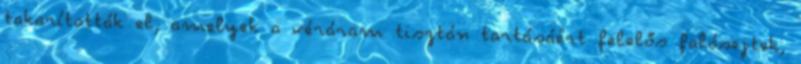
takarították el, amelyek a véráram tisztán tartásáért felelős falósejtek,